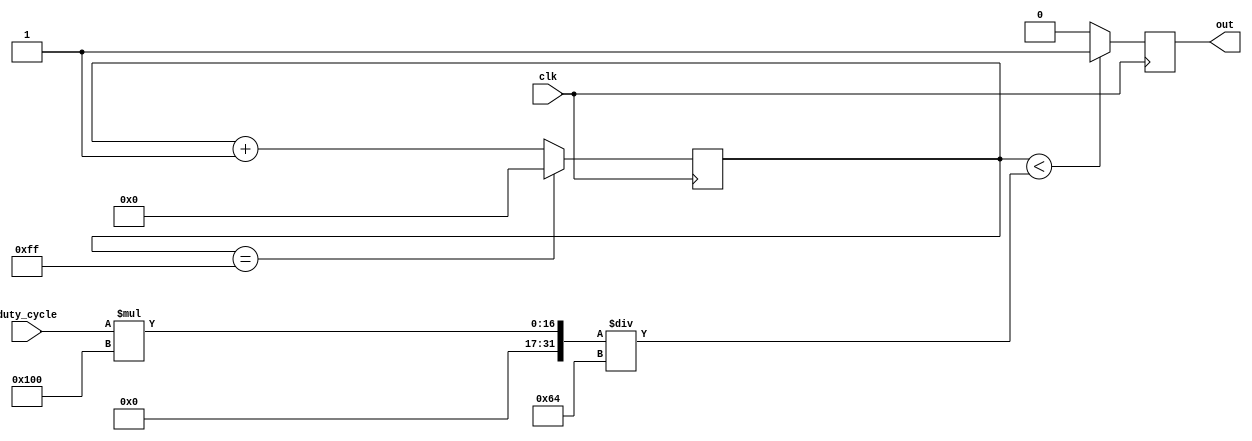
module PWM_generator (
    input clk,
    input [7:0] duty_cycle,
    output reg out
);

reg [7:0] count;

always @(posedge clk) begin
    if (count == 8'hFF) begin
        count <= 8'h00;
    end else begin
        count <= count + 1;
    end
    
    if (count < (duty_cycle * 256 / 100)) begin
        out <= 1'b1;
    end else begin
        out <= 1'b0;
    end
end

endmodule